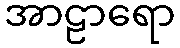
အာဠာရော